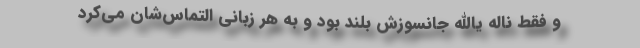
و فقط ناله یاالله جانسوزش بلند بود و به هر زبانی التماس‌شان می‌کرد